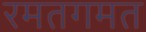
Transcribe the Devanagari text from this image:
रमतगमत